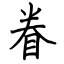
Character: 眷